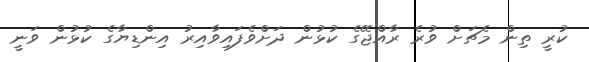
ކުރީ ތިން މެޗަށް ވުރެ ރާއްޖޭގެ ކުޅުން ދަށްވެފައިވާއިރު އިންޑިޔާގެ ކުޅުން ވަނީ